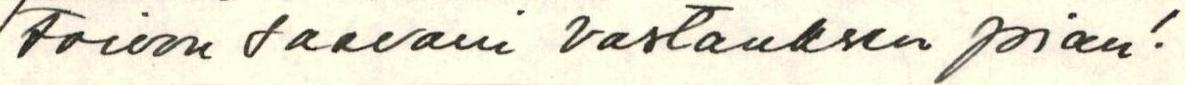
toivon saavani vastauksen pian!